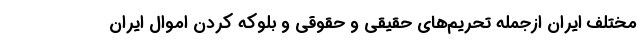
مختلف ایران ازجمله تحریم‌های حقیقی و حقوقی و بلوکه کردن اموال ایران